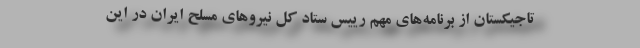
تاجیکستان از برنامه‌های مهم رییس ستاد کل نیروهای مسلح ایران در این